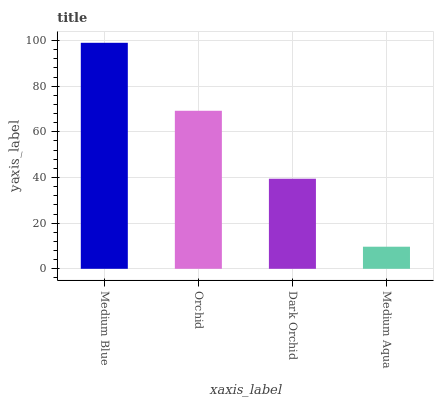
| xaxis_label | bars |
 | --- | --- |
 | Medium Blue | 99 |
 | Orchid | 69.2 |
 | Dark Orchid | 39.5 |
 | Medium Aqua | 9.68 |